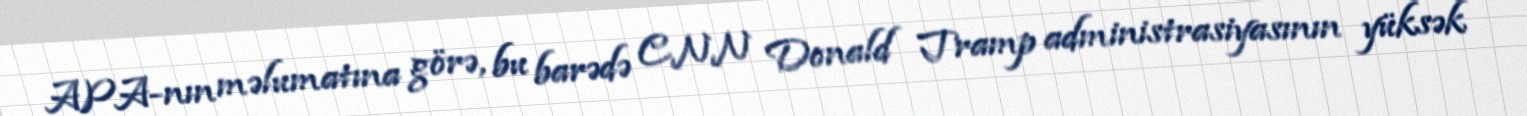
APA-nın məlumatına görə, bu barədə CNN Donald Tramp administrasiyasının yüksək